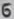
Text: 6